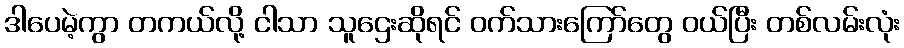
ဒါပေမဲ့ကွာ တကယ်လို့ ငါသာ သူဌေးဆိုရင် ဝက်သားကြော်တွေ ဝယ်ပြီး တစ်လမ်းလုံး